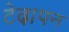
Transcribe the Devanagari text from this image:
टेढा़पन